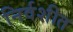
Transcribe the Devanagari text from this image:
निर्वशीत